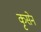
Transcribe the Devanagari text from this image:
कृसेन